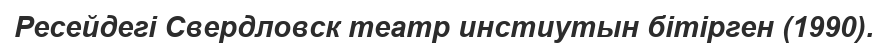
Ресейдегі Свердловск театр инcтиутын бітірген (1990).